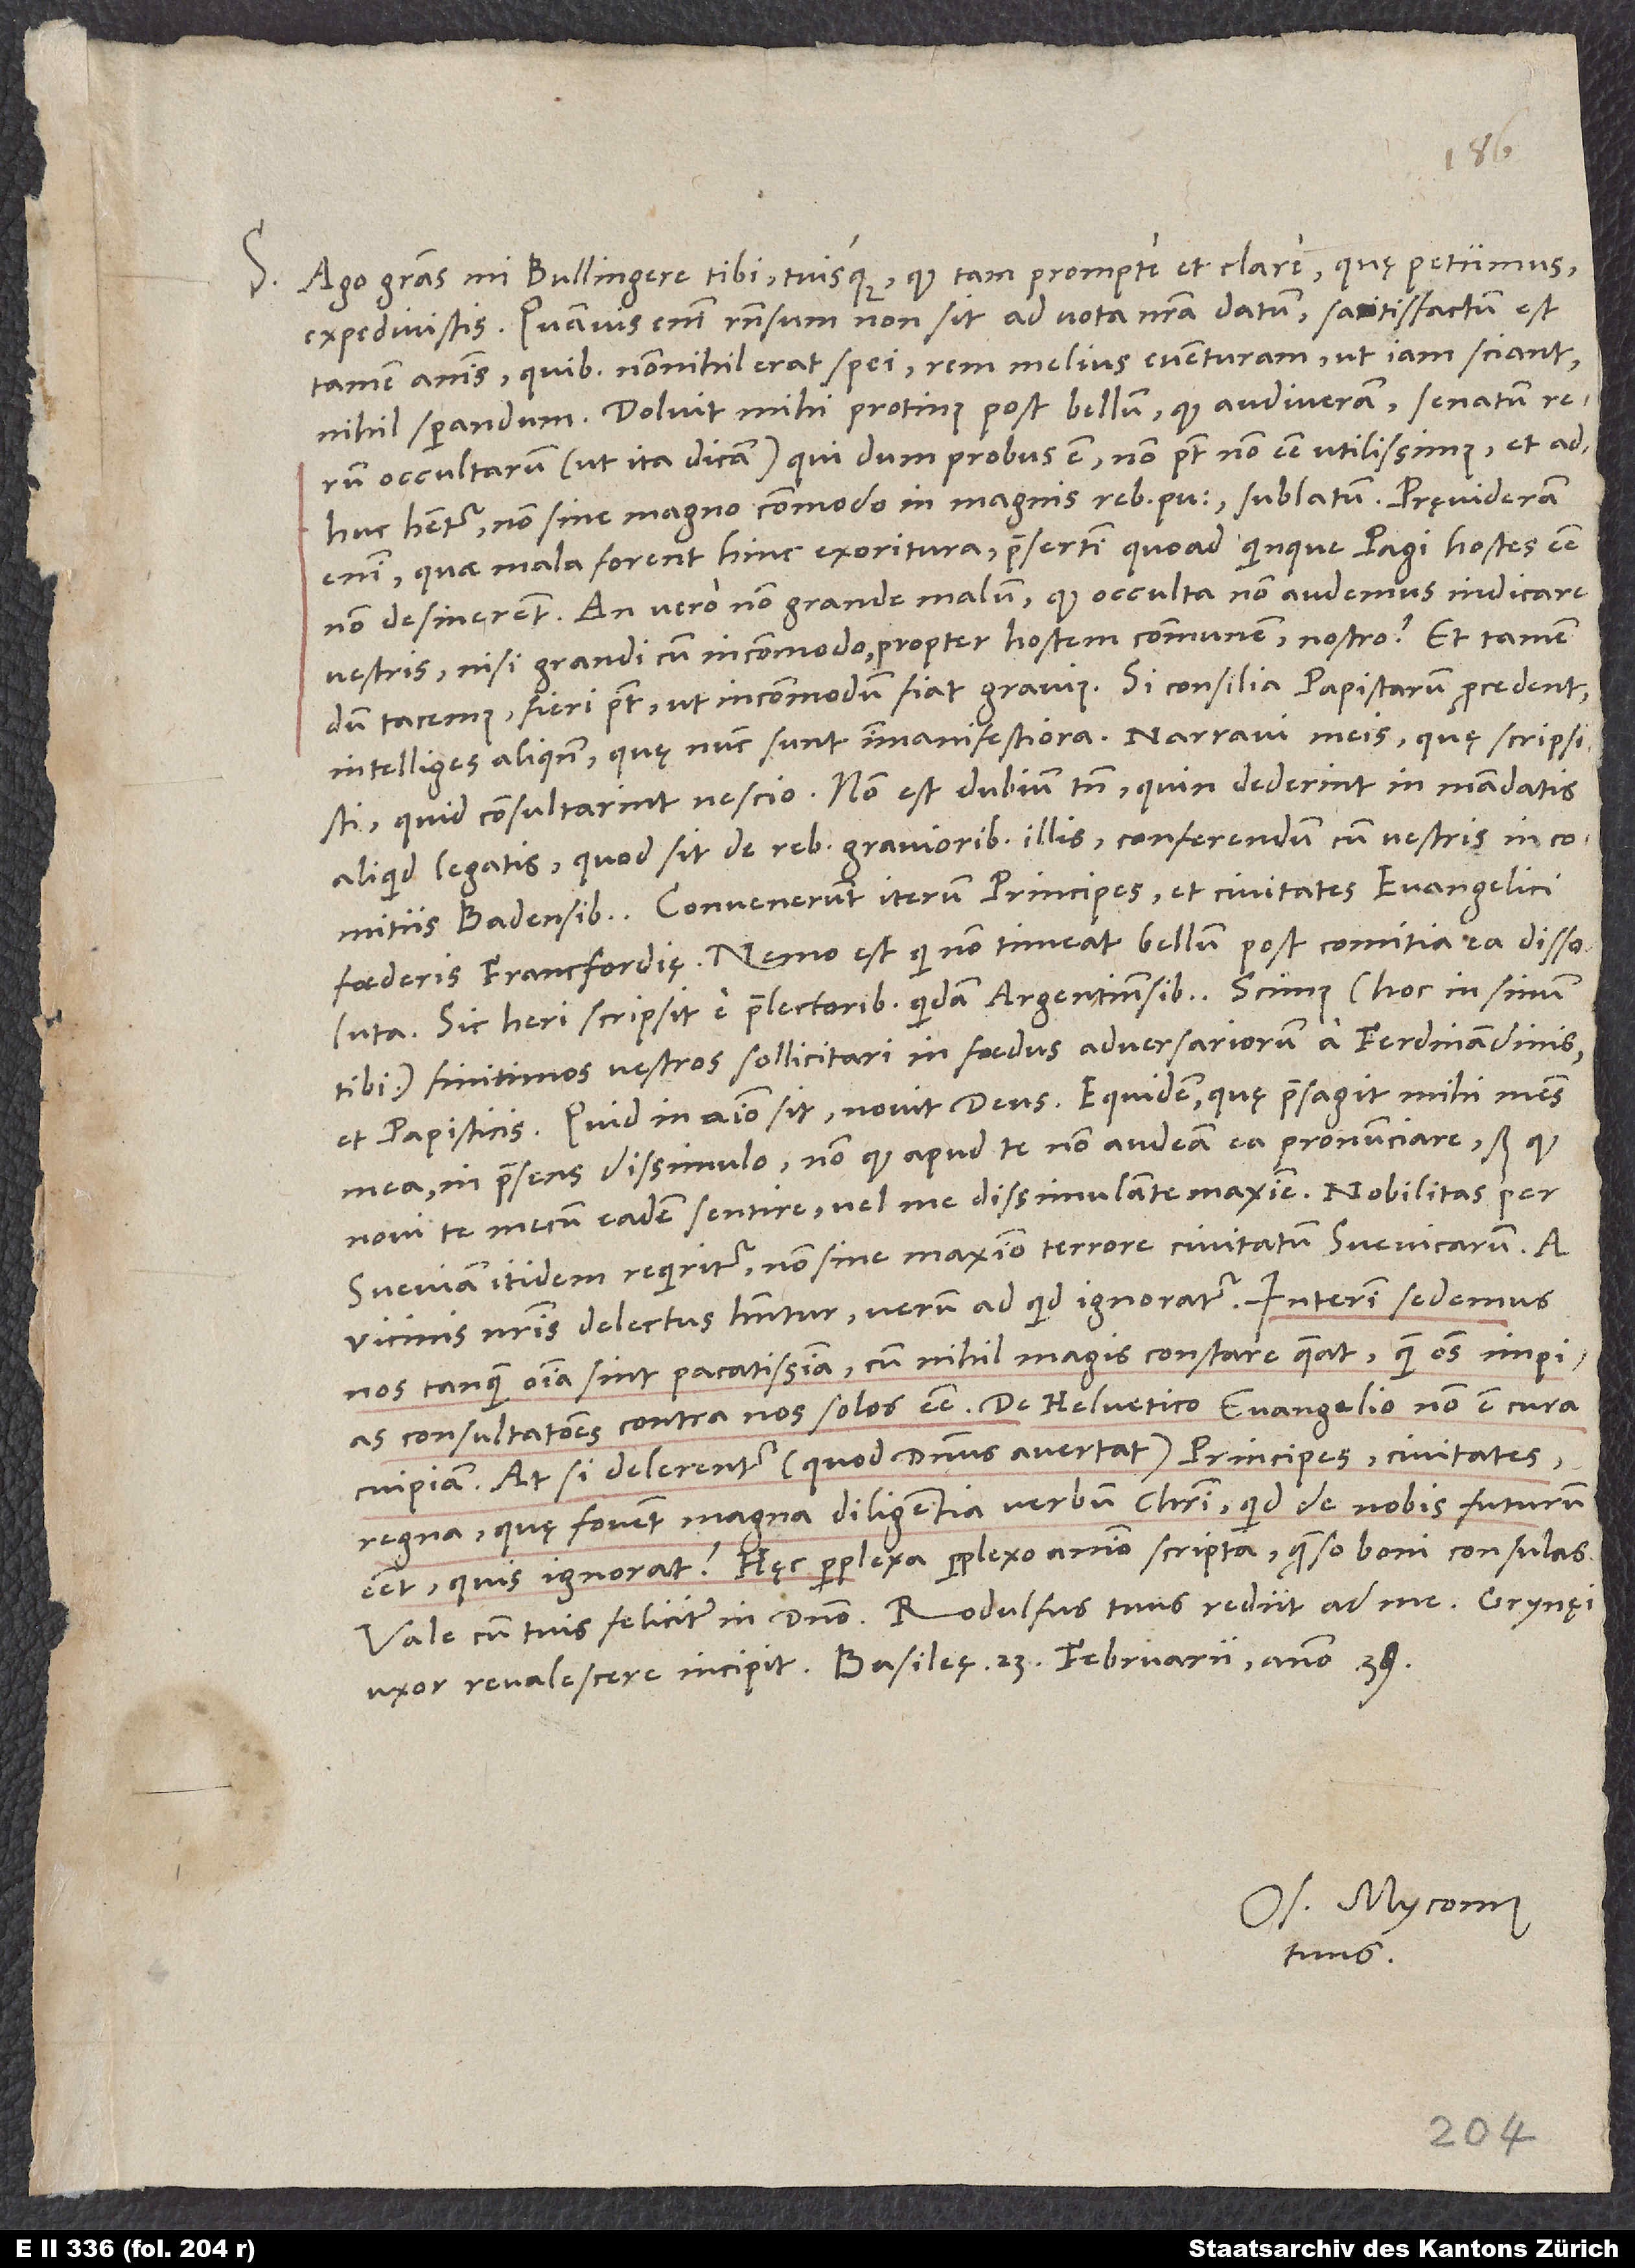
S. Ago gratias, mi Bullingere, tibi tuisque, quod tam prompte et clare, quę petiimus,
expedivistis. Quamvis enim responsum non sit ad vota nostra datum, satisfactum est
tamen animis, quibus nonnihil erat spei rem melius eventuram, ut iam sciant
nihil sperandum. Doluit mihi protinus post bellum, quod audiveram senatum rerum
occultarum (ut ita dicam), qui, dum probus est, non potest non esse utilissimus et
adhuc habetur non sine magno commodo in magnis rebuspublicis, sublatum. Pręvideram
enim, quae mala forent hinc exoritura, praesertim quoad Quinque Pagi hostes esse
vestris nisi grandi cum incommodo - propter hostem communem - nostro?
dum tacemus, fieri potest, ut incommodum fiat gravius. Si consilia papistarum procedent,
quid consultarint, nescio. Non est dubium tamen, quin dederint in mandatis
aliquid legatis, quod sit de rebus gravioribus illis conferendum cum vestris in comitiis
Convenerunt iterum principes et civitates evangelici
foederis Francfordię. Nemo est, qui non timeat bellum post comitia ea dissoluta.
Sic heri scripsit e praelectoribus quidam Argentinensibus: „Scimus (hoc in sinum
tibi) finitimos vestros sollicitari in foedus adversariorum a Ferdinandinis
et papisticis.“ Quid in animo sit, novit deus. Equidem, quę praesagit mihi mens
mea, in praesens dissimulo, non quod apud te non audeam ea pronunciare, sed quod
novi te mecum eadem sentire vel me dissimulante maxime.
Sveviam itidem requiritur non sine maximo terrore civitatum Svevicarum. A
vicinis nostris delectus habentur, verum ad quid, ignoratur. Interim sedemus
nos, tanquam omnia sint pacatissima, cum nihil magis constare queat quam omnes impias
consultationes contra nos solos esse. De Helvetico evangelio non est cura
cuipiam; at si delerentur (quod dominus avertat) principes, civitates,
regna, quę fovent magna diligentia verbum Christi, quid de nobis futurum
esset, quis ignorat? Hęc perplexa perplexo animo scripta, quęso, boni consulas.
uxor revalescere incipit. Basileę, 23. februarii anno 39.
Os. Myconius
tuus.